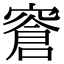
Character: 𬔎